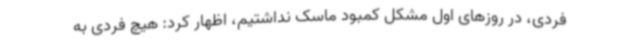
فردی، در روزهای اول مشکل کمبود ماسک نداشتیم، اظهار کرد: هیچ فردی به